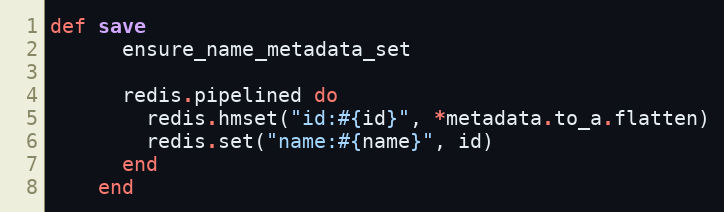
Language: Ruby
def save
      ensure_name_metadata_set

      redis.pipelined do
        redis.hmset("id:#{id}", *metadata.to_a.flatten)
        redis.set("name:#{name}", id)
      end
    end